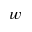
w